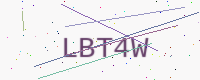
Text: LBT4W